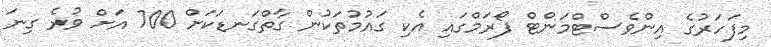
މިފަހަރުގެ އިންވެސްޓްމަންޓް ފޯރަމްގައި އެކި ގައުމުތަކުން ގާތްގަނޑަކަށް 700 އަށް ވުރެ ގިނަ